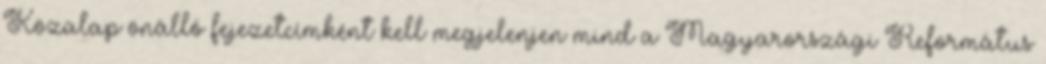
Közalap önálló fejezetcímként kell megjelenjen mind a Magyarországi Református